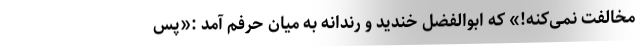
مخالفت نمی‌کنه!» که ابوالفضل خندید و رندانه به میان حرفم آمد :«پس